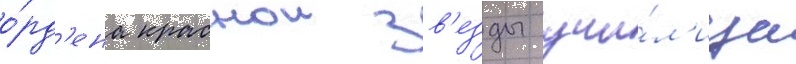
о́рд'ена краснои зв'езды учи́л'ища